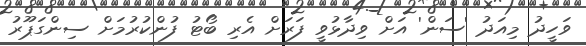
ވަހީދު މިއަދު 'ސަން' އަށް ވިދާޅުވީ ފަރަށް އެރި ބޯޓު ފުންކުރުމަށް ސިންގަޕޫރު